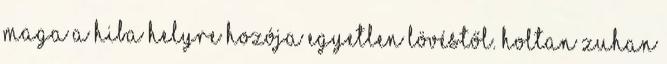
maga a hiba helyre hozója egyetlen lövéstől. holtan zuhan